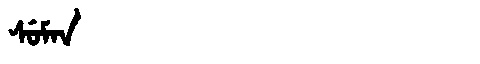
Manchu: ᠰᡠᠮᠠᠨ
Romanization: SUMAN